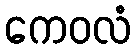
ကေဝလံ